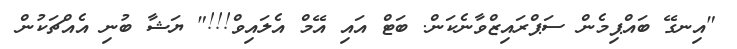
"އިނގޭ ބައްޕިމެން ސަޕްރައިޒްވާނެކަން. ބަޓް އައި އޭމް އެލައިވް!!!" ޔަޝާ ބުނި އެއްޗަކުން